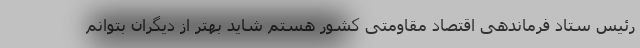
رئیس ستاد فرماندهی اقتصاد مقاومتی کشور هستم شاید بهتر از دیگران بتوانم